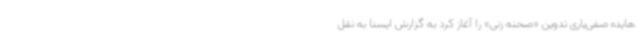
هایده صفی‌یاری تدوین «صحنه زنی» را آغاز کرد به گزارش ایسنا به نقل